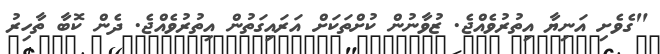
"ގެވެށި އަނިޔާ އިތުރުވެއްޖެ. ޒުވާނުން ކުށްތަކަށް އަރައިގަތުން އިތުރުވެއްޖެ. ދެން ކޮބާ ތާހިރު